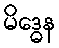
မိဒ္ဓေန